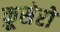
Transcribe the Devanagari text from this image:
क्रूसेरो